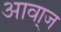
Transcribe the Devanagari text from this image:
आवा्ज